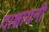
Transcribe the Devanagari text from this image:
दाक्षायनी